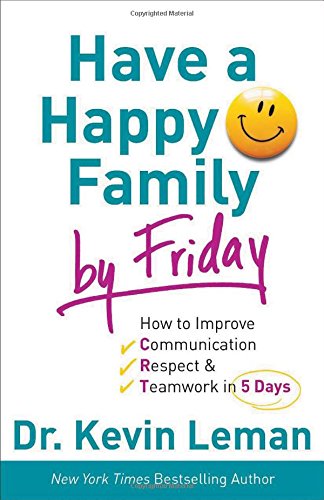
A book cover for Have a Happy Family by Friday: How to Improve Communication, Respect & Teamwork in 5 Days; Dr. Kevin Leman; Christian Books & Bibles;